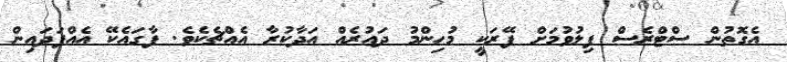
އެގޮތުން ސްޓްރެސް ފިލުވުމަށް ފޭރަކީ މުހިންމު ދައުރެއް އަދާކުރާ އެއްޗެކެވެ. ފާގައެކޭ އެއްފަދައިން